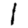
Digit: 1